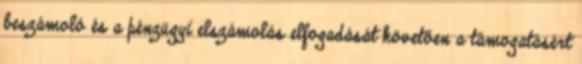
beszámoló és a pénzügyi elszámolás elfogadását követően a támogatásért